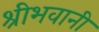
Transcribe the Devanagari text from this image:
श्रीभवानी